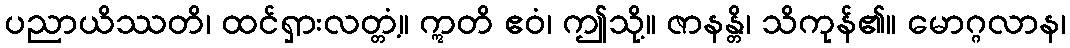
ပညာယိဿတိ၊ ထင်ရှားလတ္တံ့။ ဣတိ ဧဝံ၊ ဤသို့။ ဇာနန္တိ၊ သိကုန်၏။ မောဂ္ဂလာန၊